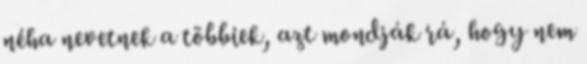
néha nevetnek a többiek, azt mondják rá, hogy nem